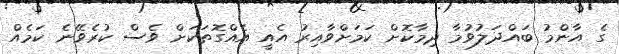
ގެ އާންމު ބައްދަލުވުމާ ދިމާކޮށް ކަމަށްވާއިރު އެއީ އެއްގޮތަކަށް ވެސް ކުރެވޭނެ ކަމެއް